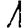
Digit: 1